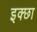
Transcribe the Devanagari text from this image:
इक्छा